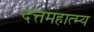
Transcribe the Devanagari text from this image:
दत्तमहात्म्य